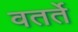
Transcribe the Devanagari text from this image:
वतर्ते